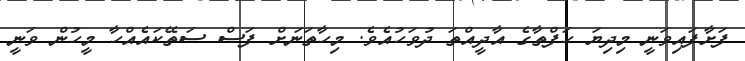
ފަށާފައިވަނީ މިދިޔަ ހަފްތާގެ އާދީއްތަ ދުވަހުއެވެ. މިހާތަނަށް ފަސް ސަތޭކައެއްހާ މީހުން ވަނީ